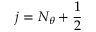
j = N _ { \theta } + \frac { 1 } { 2 }